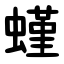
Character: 螼